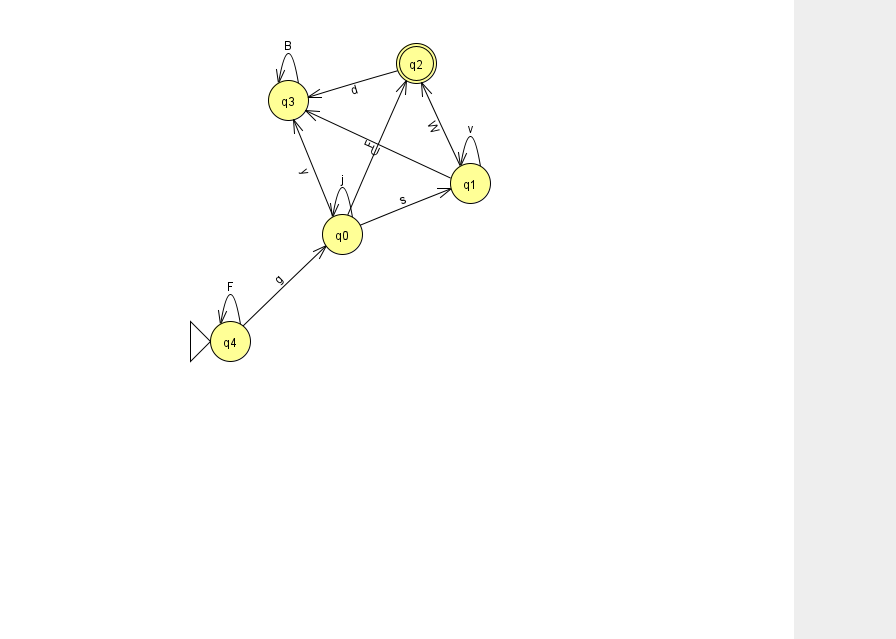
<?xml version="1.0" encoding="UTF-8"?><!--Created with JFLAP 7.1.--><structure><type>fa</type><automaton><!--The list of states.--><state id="0" name="q0"><x>342.0</x><y>221.0</y></state><state id="1" name="q1"><x>470.0</x><y>170.0</y></state><state id="2" name="q2"><x>416.0</x><y>50.0</y><final/></state><state id="3" name="q3"><x>288.0</x><y>87.0</y></state><state id="4" name="q4"><x>230.0</x><y>328.0</y><initial/></state><!--The list of transitions.--><transition><from>0</from><to>1</to><read>s</read></transition><transition><from>3</from><to>3</to><read>B</read></transition><transition><from>4</from><to>0</to><read>g</read></transition><transition><from>1</from><to>2</to><read>W</read></transition><transition><from>1</from><to>3</to><read>U</read></transition><transition><from>1</from><to>1</to><read>v</read></transition><transition><from>2</from><to>3</to><read>d</read></transition><transition><from>4</from><to>4</to><read>F</read></transition><transition><from>0</from><to>2</to><read>F</read></transition><transition><from>0</from><to>0</to><read>j</read></transition><transition><from>0</from><to>3</to><read>y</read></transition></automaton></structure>